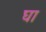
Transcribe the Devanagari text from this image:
घा